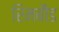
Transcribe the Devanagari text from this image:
रिमबौड